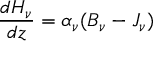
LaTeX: { \frac { d H _ { \nu } } { d z } } = \alpha _ { \nu } ( B _ { \nu } - J _ { \nu } )